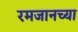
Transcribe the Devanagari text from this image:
रमजानच्या